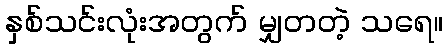
နှစ်သင်းလုံးအတွက် မျှတတဲ့ သရေ။